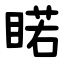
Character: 睰